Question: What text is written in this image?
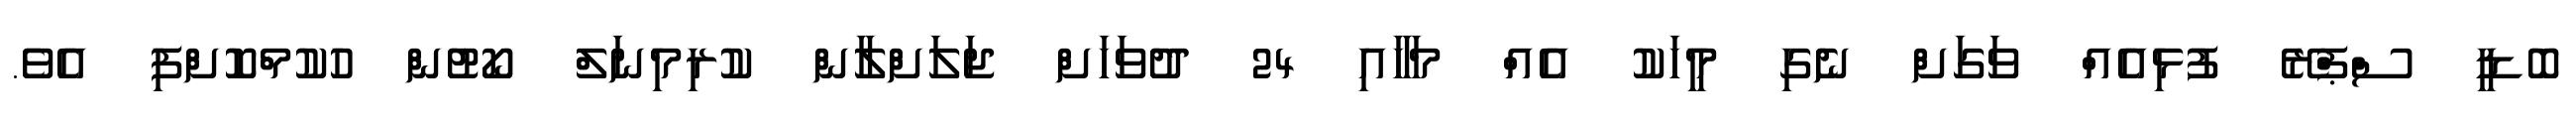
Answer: ބޮޑީ ސްޕްރޭ ފުޅިއެއް ވަގަށް ނެގި މީހަކު އެއް މަހާއި 24 ދުވަހަށް ޖަލަށްލާން ކުރިމިނަލް ކޯޓުން ހުކުމްކޮށްފި އެވެ.